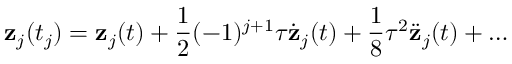
{ \bf z } _ { j } ( t _ { j } ) = { \bf z } _ { j } ( t ) + { \frac { 1 } { 2 } } ( - 1 ) ^ { j + 1 } \tau \dot { \bf z } _ { j } ( t ) + { \frac { 1 } { 8 } } \tau ^ { 2 } \ddot { \bf z } _ { j } ( t ) + \dots